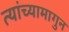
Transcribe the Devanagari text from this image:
त्यांच्यामागुन